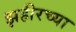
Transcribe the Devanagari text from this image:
झहीरच्या